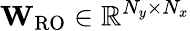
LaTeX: \mathbf{W}_{\mathrm{RO}}\in\mathbb{R}^{N_{y}\times N_{x}}